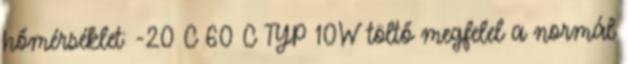
hőmérséklet: -20°C 60°C TYP 10W töltő megfelel a normál